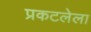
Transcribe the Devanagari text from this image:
प्रकटलेला